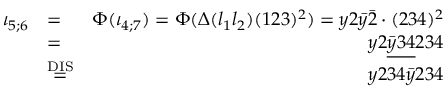
\begin{array} { r l r } { \iota _ { 5 ; 6 } } & { = } & { \Phi ( \iota _ { 4 ; 7 } ) = \Phi ( \Delta ( l _ { 1 } l _ { 2 } ) ( 1 2 3 ) ^ { 2 } ) = y 2 \bar { y } \bar { 2 } \cdot ( 2 3 4 ) ^ { 2 } } \\ & { = } & { y 2 \underline { { \bar { y } 3 4 } } 2 3 4 } \\ & { \stackrel { \mathrm { D I S } } { = } } & { y 2 3 4 \bar { y } 2 3 4 } \end{array}